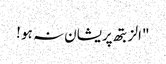
"الزبتھ پریشان نہ ہو !